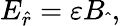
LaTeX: E_{\hat{r}}=\varepsilon B_{\hat{~}},